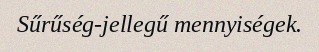
Sűrűség-jellegű mennyiségek.